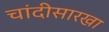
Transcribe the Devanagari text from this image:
चांदीसारखा